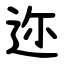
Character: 迩